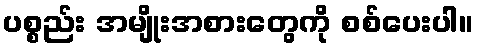
ပစ္စည်း အမျိုးအစားတွေကို စစ်ပေးပါ။